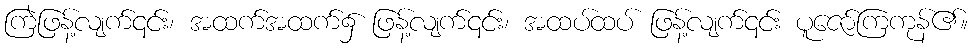
ကြဲဖြန့်လျက်၎င်း၊ အထက်အထက်၌ ဖြန့်လျက်၎င်း၊ အထပ်ထပ် ဖြန့်လျက်၎င်း ပူဇော်ကြကုန်၏။